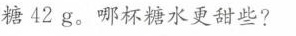
糖42g。哪杯糖水更甜些?